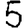
Digit: 5